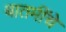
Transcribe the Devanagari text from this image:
बातमींचे